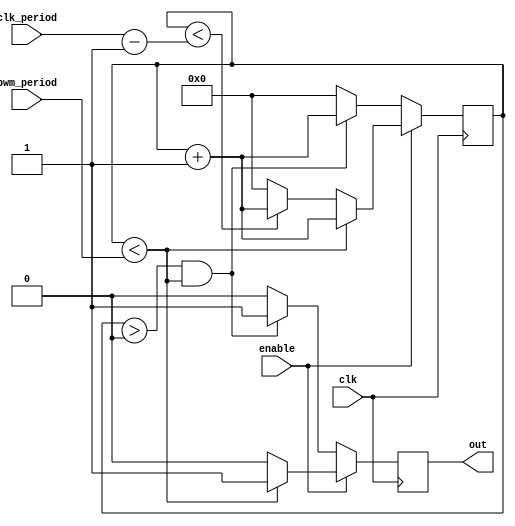
`timescale 1ns / 1ps
//////////////////////////////////////////////////////////////////////////////////
// Company: 
// Engineer: 
// 
// Design Name: 
// Module Name: pwm
// Project Name: 
// Target Devices: 
// Tool Versions: 
// Description: 
// 
// Dependencies: 
// 
// Revision:
// Revision 0.01 - File Created
// Additional Comments:  Enable signal is assumed to synchronous; if enable transitions low during pwm pulse,
//                       pulse will gracefully complete
//
//////////////////////////////////////////////////////////////////////////////////


module pwm (
    input clk,
    input enable,
	input [31:0] clk_period,
    input [31:0] pwm_period,
    output out
    );
    
reg clk_out=1'b0;
reg [31:0] counter = 32'b0;

always @(posedge clk)
begin
  if (enable == 1'b1)
    begin
      if (counter < pwm_period)
        begin
         clk_out <= 1'b1;
         counter <= counter + 32'b1;
        end
      else
        begin
        if (counter < (clk_period-1))
         begin
          clk_out <= 1'b0;
          counter <= counter + 32'b1;
         end
        else 
         begin
          clk_out <= 1'b0;
          counter <= 32'b0;
         end
       end //end if counter < pwm_period
      
     end   //end if(enable)
   else
     begin
        if ((counter > 0) && (counter < pwm_period) )   //gracefully end the last pwm if it has begun
           begin
              clk_out <= 1'b1;
              counter <= counter + 32'b1;
           end
        else
           begin
             clk_out <= 1'b0;
             counter <= 32'b0;
           end
     end 
   
end 

assign out = clk_out;
    
endmodule